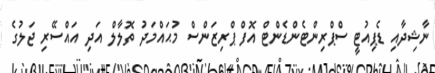
ނާޝިދާއި ޑެޕިއުޓީ ސްޕްރިންޓެންޑެންޓް އޮފް ޕްރިޒަންސް މުޙައްމަދު ތޮލާލް އަދި އައްސޭރި ޖަލުގެ